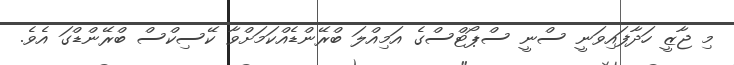
މި ޖާޒީ ހަދާފައިވަނީ ސްނީ ސްޕޯޓްސްގެ އަމިއްލަ ބްރޭންޑެއްކަމަށްވާ ކޭސިކްސް ބްރޭންޑްގަ އެވެ.